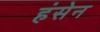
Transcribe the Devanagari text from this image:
हंसेन